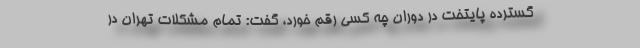
گسترده پایتخت در دوران چه کسی رقم خورد، گفت: تمام مشکلات تهران در